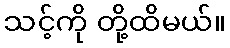
သင့်ကို တို့ထိမယ်။